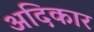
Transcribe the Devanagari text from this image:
अदिकार